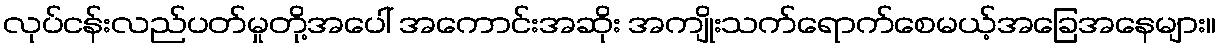
လုပ်ငန်းလည်ပတ်မှုတို့အပေါ် အကောင်းအဆိုး အကျိုးသက်ရောက်စေမယ့်အခြေအနေများ။